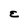
Character: E